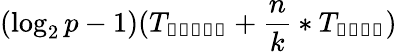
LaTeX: (\log_{2}p-1)(T_{\mathbb{start}}+{\frac{n}{k}}*T_{\mathbb{byte}})